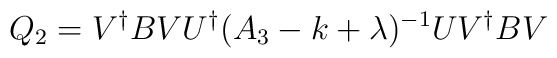
Q_2 = V^{\dagger } B V U^{\dagger } (A_3 -k+\lambda )^{-1} UV^{\dagger } B V